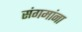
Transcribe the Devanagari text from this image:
संगमांना